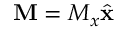
\mathbf { M } = M _ { x } \hat { \mathbf { x } }